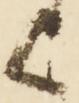
上